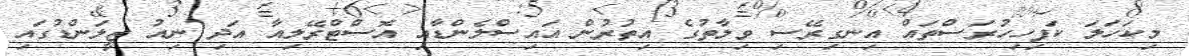
މިކަހަލަ ކަފިހިހުރަސްތައް އިނގިރޭސި ވިލާތުގެ އިތުރުން އައިސްލެންޑާއި އޮސްޓްރޭލިއާ އަދި ނިއު ޒީލަންޑުގައި